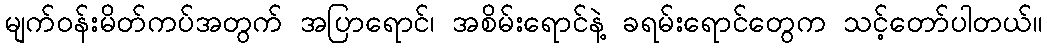
မျက်ဝန်းမိတ်ကပ်အတွက် အပြာရောင်၊ အစိမ်းရောင်နဲ့ ခရမ်းရောင်တွေက သင့်တော်ပါတယ်။